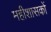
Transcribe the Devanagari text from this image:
महीशासकों